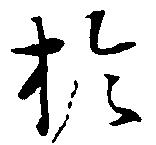
於